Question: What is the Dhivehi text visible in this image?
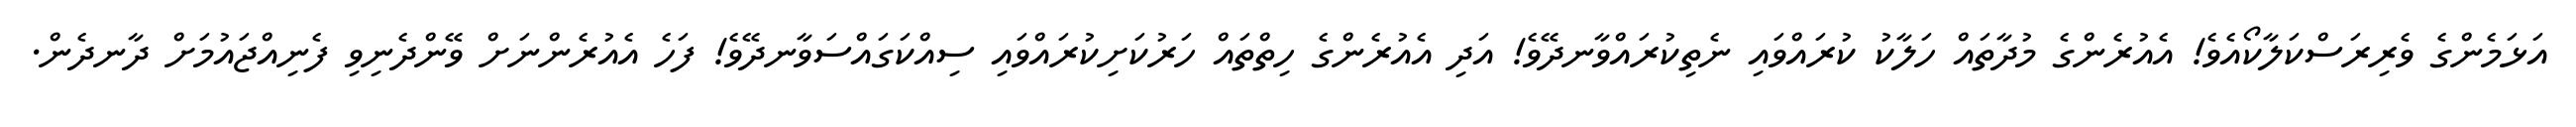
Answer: އަޅަމެންގެ ވެރިރަސްކަލާކޯއެވެ! އެއުރެންގެ މުދާތައް ހަލާކު ކުރައްވައި ނެތިކުރައްވާނދޭވެ! އަދި އެއުރެންގެ ހިތްތައް ހަރުކަށިކުރައްވައި ސިއްކަގައްސަވާނދޭވެ! ފަހެ އެއުރެންނަށް ވޭންދެނިވި ފެނިއްޖައުމަށް ދާނދެން.